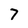
Character: 7